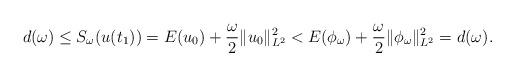
LaTeX: \begin{align*}d(\omega)\le S_{\omega}(u(t_1))=E(u_0)+\frac{\omega}{2}\|u_0\|_{L^2}^2<E(\phi_{\omega})+\frac{\omega}{2}\|\phi_{\omega}\|_{L^2}^2=d(\omega). \end{align*}